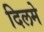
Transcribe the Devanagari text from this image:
दिलमे